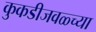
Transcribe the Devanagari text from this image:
कुकडीजवळ्च्या